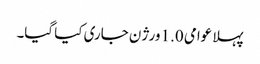
پہلا عوامی 1.0 ورژن جاری کیا گیا۔